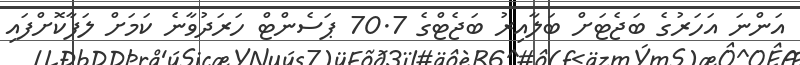
އަންނަ އަހަރުގެ ބަޖެޓަށް ބަލާއިރު ބަޖެޓްގެ 70.7 ޕަސެންޓް ހަރަދުވާނެ ކަމަށް ލަފާކޮށްފައި